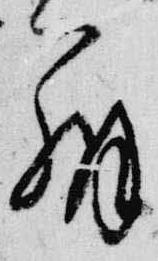
弁